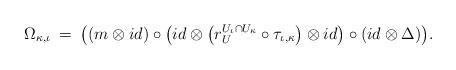
LaTeX: \begin{align*} \Omega_{\kappa, \iota} \: = \: \big( ( m \otimes id ) \circ \big( id \otimes \big( r^{U_{\iota} \cap U_{\kappa} }_{U} \circ \tau_{\iota, \kappa} \big) \otimes id \big) \circ (id \otimes \Delta) \big) .\end{align*}